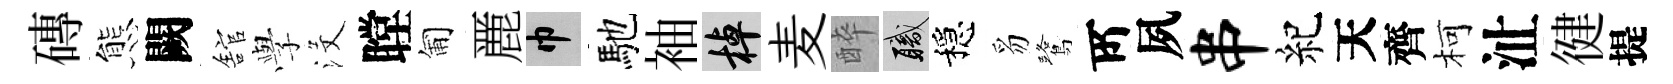
磚態闕舘𫝯沒瞠匍䴡巾馳袖棹麦醉職穩豸鷺𠩄夙串紀天齊柯沚徤提